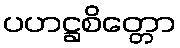
ပဟဋ္ဌစိတ္တော